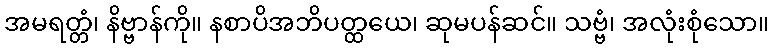
အမရတ္တံ၊ နိဗ္ဗာန်ကို။ နစာပိအဘိပတ္ထယေ၊ ဆုမပန်ဆင်။ သဗ္ဗံ၊ အလုံးစုံသော။